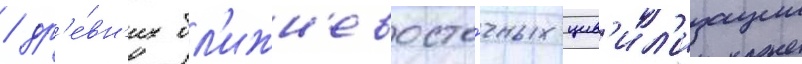
/ др'е́вн'их бл'ижн'евосто́чных цив'ил'изации